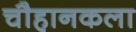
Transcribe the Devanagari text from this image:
चौहानकला